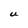
Character: U